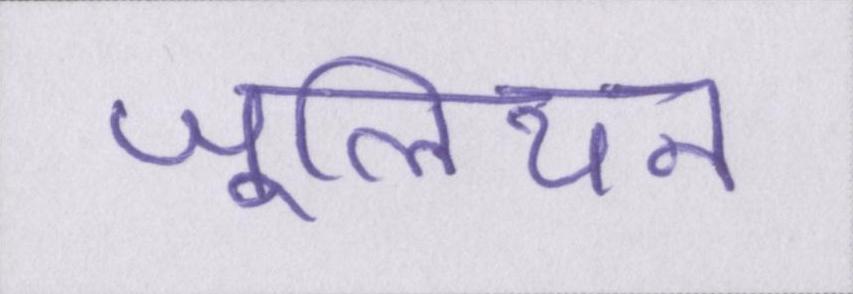
जूलियन